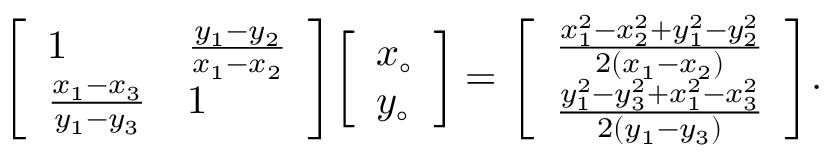
{ \left[ \begin{array} { l l } { 1 } & { { \frac { y _ { 1 } - y _ { 2 } } { x _ { 1 } - x _ { 2 } } } } \\ { { \frac { x _ { 1 } - x _ { 3 } } { y _ { 1 } - y _ { 3 } } } } & { 1 } \end{array} \right] } { \left[ \begin{array} { l } { x _ { \circ } } \\ { y _ { \circ } } \end{array} \right] } = { \left[ \begin{array} { l } { { \frac { x _ { 1 } ^ { 2 } - x _ { 2 } ^ { 2 } + y _ { 1 } ^ { 2 } - y _ { 2 } ^ { 2 } } { 2 ( x _ { 1 } - x _ { 2 } ) } } } \\ { { \frac { y _ { 1 } ^ { 2 } - y _ { 3 } ^ { 2 } + x _ { 1 } ^ { 2 } - x _ { 3 } ^ { 2 } } { 2 ( y _ { 1 } - y _ { 3 } ) } } } \end{array} \right] } .